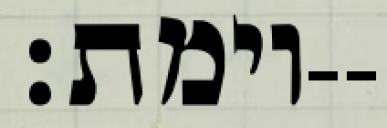
וימת׃--